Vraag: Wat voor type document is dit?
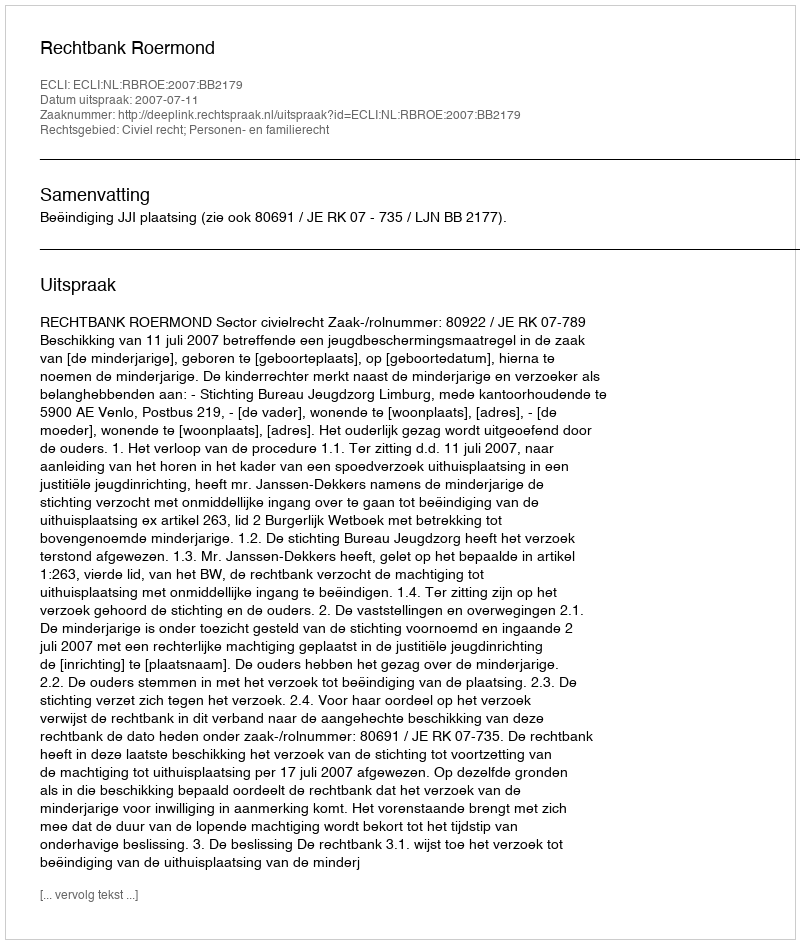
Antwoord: Uitspraak